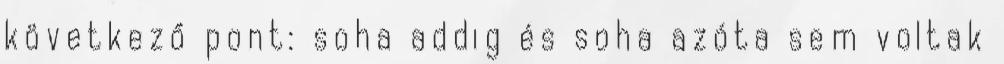
következő pont: soha addig és soha azóta sem voltak